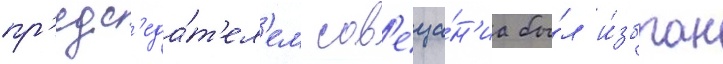
пр'едс'еда́т'ел'ем сов'еща́н'иа бы́л и́збран